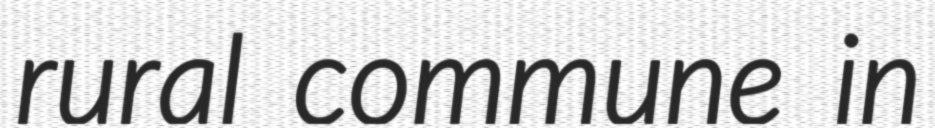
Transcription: rural commune in